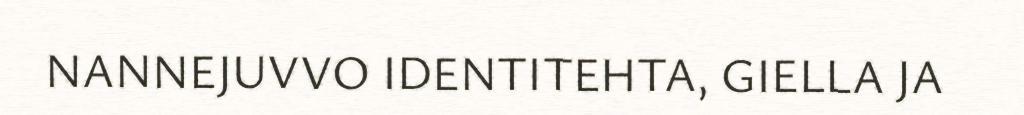
NANNEJUVVO IDENTITEHTA, GIELLA JA